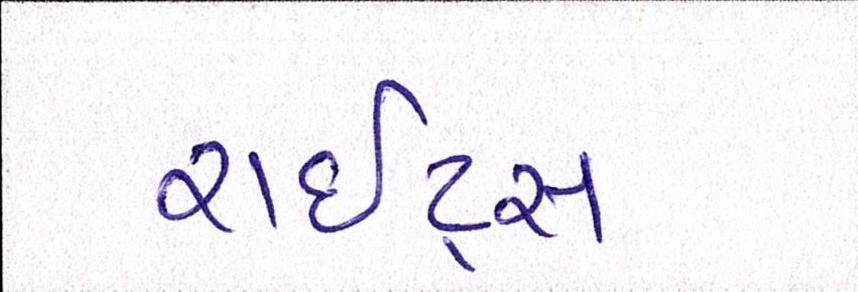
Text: રાઇટ્સ